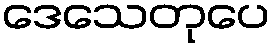
ဒေသေတုပေ